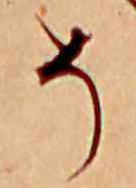
そ